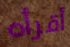
أقرأه